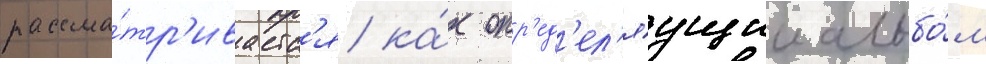
рассма́тр'иваетс'я ка́к опр'ед'ел'яущии альбо́м